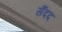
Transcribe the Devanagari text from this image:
सैंदद